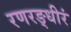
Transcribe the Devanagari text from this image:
रणरङ्धीरं